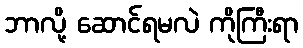
ဘာလို့ ဆောင်ရမလဲ ကိုကြီးရာ